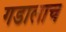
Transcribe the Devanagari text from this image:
गडालाच